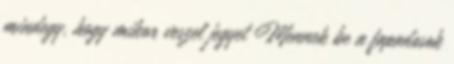
mindegy, hogy mikor veszel jegyet Mennek be a fapadosok